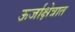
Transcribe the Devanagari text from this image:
ऊर्जाक्षेत्रात